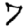
Digit: 7